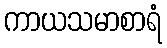
ကာယသမာစာရံ